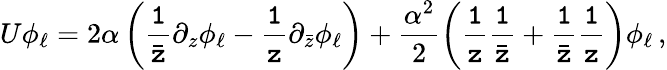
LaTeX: U\phi_{\ell}=2\alpha\left({\tt\frac{1}{\bar{z}}}\partial_{z}\phi_{\ell}-{\tt\frac{1}{z}}\partial_{\bar{z}}\phi_{\ell}\right)+\frac{\alpha^{2}}{2}\left({\tt\frac{1}{z}{\tt\frac{1}{\bar{z}}}}+{\tt\frac{1}{\bar{z}}}{\tt\frac{1}{z}}\right)\phi_{\ell}\, ,